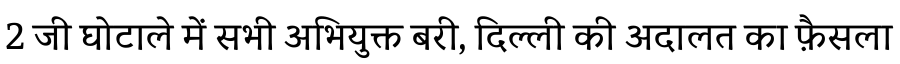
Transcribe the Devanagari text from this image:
2 जी घोटाले में सभी अभियुक्त बरी, दिल्ली की अदालत का फ़ैसला